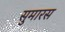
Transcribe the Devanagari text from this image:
सुमारस